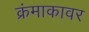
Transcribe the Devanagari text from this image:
क्रंमाकावर